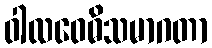
ဝါလဝေဓိသမာဂတာ